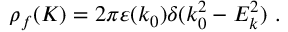
\rho _ { f } ( K ) = 2 \pi \varepsilon ( k _ { 0 } ) \delta ( k _ { 0 } ^ { 2 } - E _ { k } ^ { 2 } ) \ .